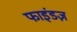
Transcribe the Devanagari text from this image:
फाइंडज़